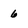
Character: 6